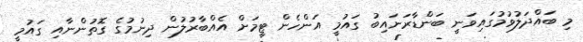
މި ބައްދަލުވުމުގައިވަނީ ބަންޑާރަނައިބު ގައުމީ އަންހެން ޓީމަށް އެއްބާރުލުން ދިނުމުގެ ގޮތުންނާއި ގައުމީ